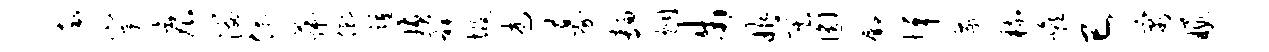
率窠痕溜偶菽倒踵璜裨圾述募面炯步昨莫圆鄢悼遂梳喉巳寓暇